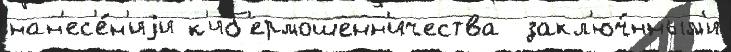
нан'ес'е́н'иjи к'иб'ермошенн'ичества  закл'юч́нным'и